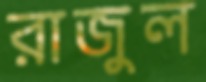
রাজুল